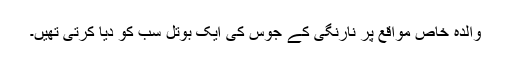
والدہ خاص مواقع پر نارنگی کے جوس کی ایک بوتل سب کو دیا کرتی تھیں۔